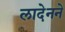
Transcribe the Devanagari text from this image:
लादेनने